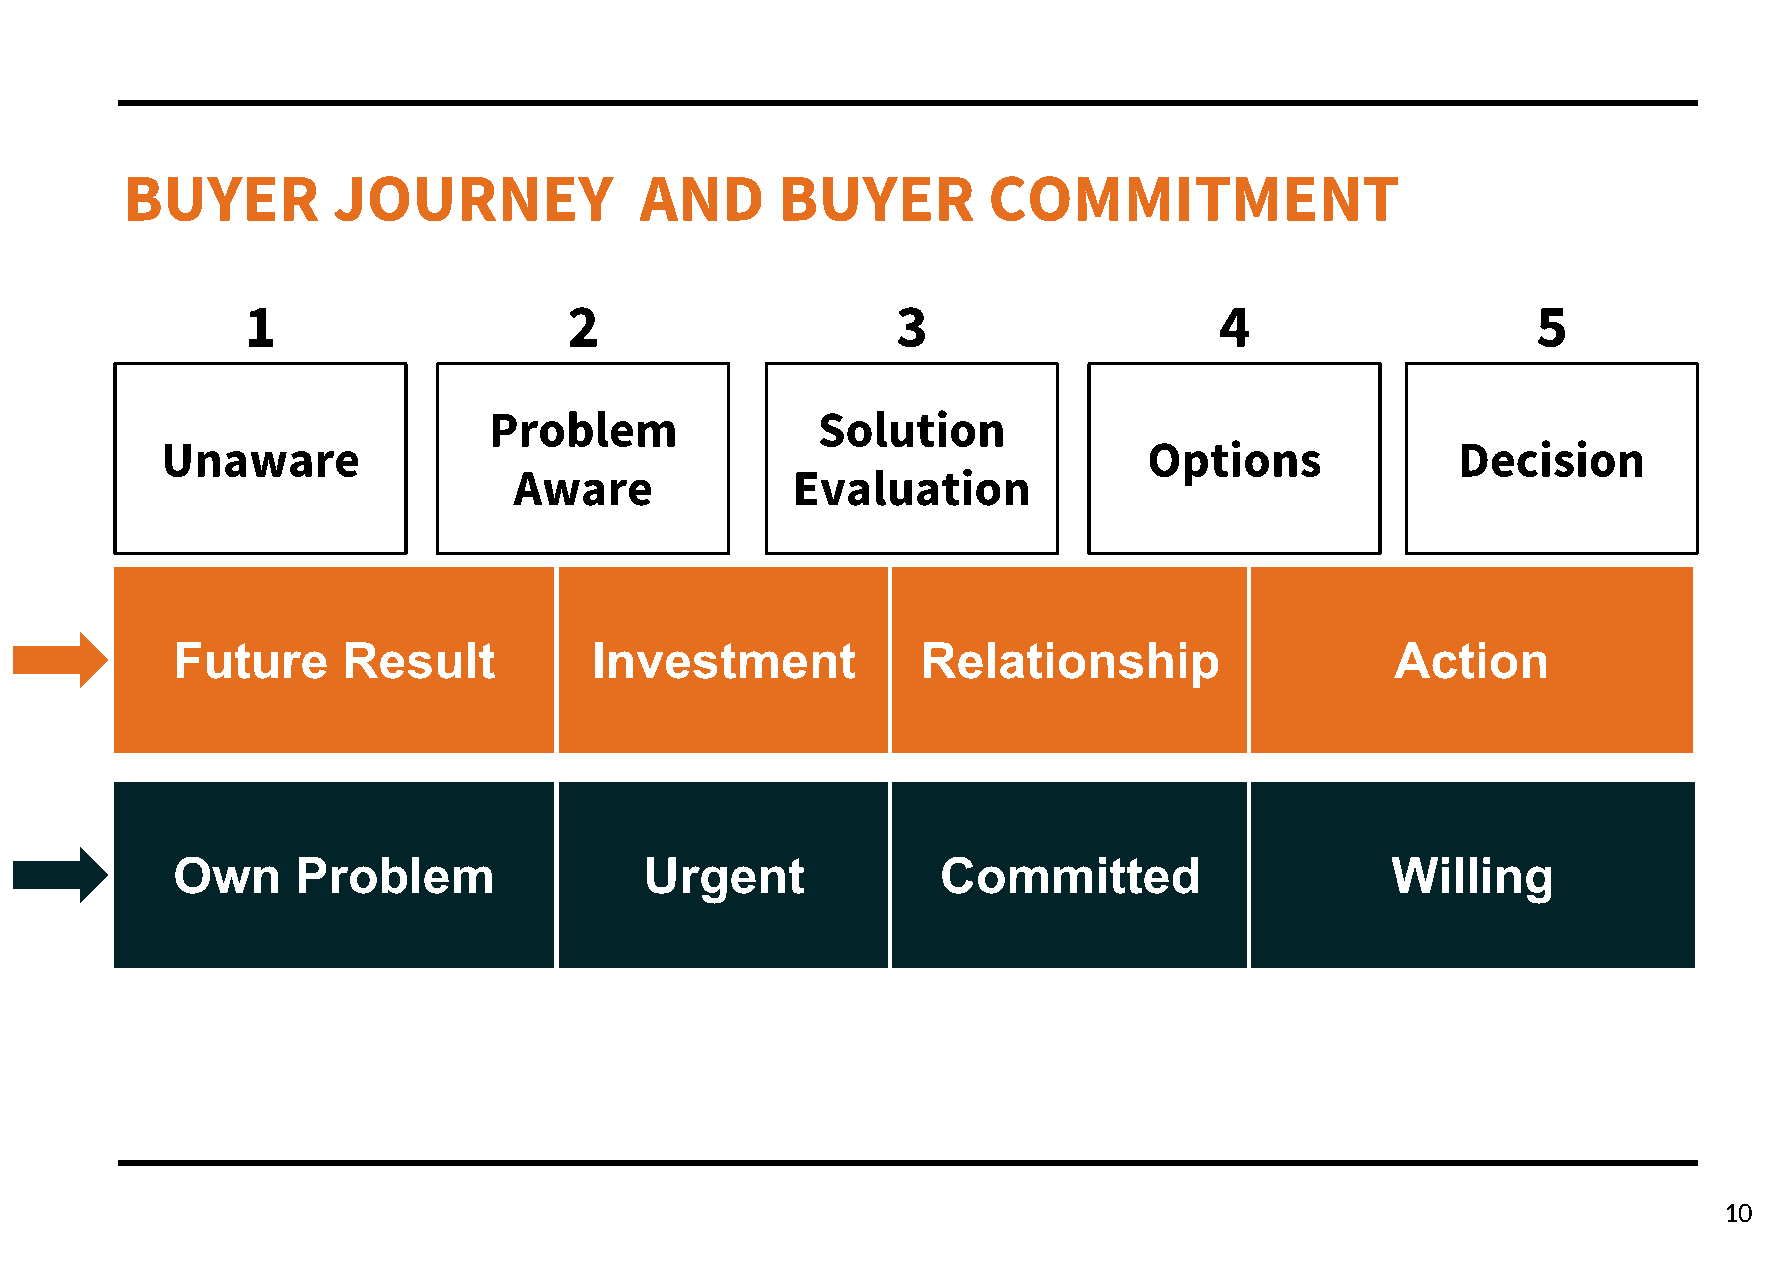
BUYER         JOURNEY             AND      BUYER         COMMITMENT
 1                     2                    3                     4                    5
 Problem               Solution
 Unaware                                                          Options              Decision
 Aware             Evaluation
 Future      Result          Investment            Relationship                   Action
 Own      Problem                Urgent             Committed                     Willing
 10